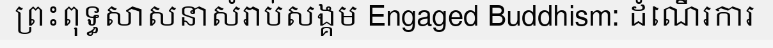
ព្រះពុទ្ធសាសនាសំរាប់សង្គម Engaged Buddhism: ដំណើរការ